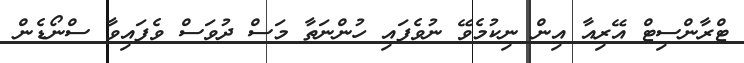
ޓްރާންސިޓް އޭރިއާ އިން ނިކުމެވޭ ނުވެފައި ހުންނަތާ މަސް ދުވަސް ވެފައިވާ ސްނޯޑެން